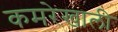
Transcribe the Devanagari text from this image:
कमरेखाली